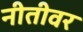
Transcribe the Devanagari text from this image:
नीतीवर